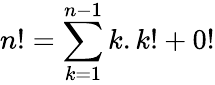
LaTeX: n!=\sum_{k=1}^{n-1}k.k!+0!